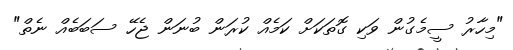
"މިހާރު ސީމެގުން ވަކި ގޮތަކަށް ކަމެއް ކުރަން ބުނަން ޖެހޭ ސަބަބެއް ނެތް"